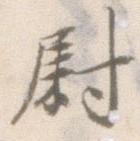
尉